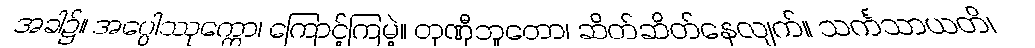
အခါ၌။ အပ္ပေါဿုက္ကော၊ ကြောင့်ကြမဲ့။ တုဏှီဘူတော၊ ဆိတ်ဆိတ်နေလျက်။ သင်္ကသာယတိ၊